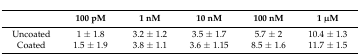
<table><thead><tr><td></td><td><b>100 pM</b></td><td><b>1 nM</b></td><td><b>10 nM</b></td><td><b>100 nM</b></td><td><b>1 μM</b></td></tr></thead><tbody><tr><td>Uncoated</td><td>1 ± 1.8</td><td>3.2 ± 1.2</td><td>3.5 ± 1.7</td><td>5.7 ± 2</td><td>10.4 ± 1.3</td></tr><tr><td>Coated</td><td>1.5 ± 1.9</td><td>3.8 ± 1.1</td><td>3.6 ± 1.15</td><td>8.5 ± 1.6</td><td>11.7 ± 1.5</td></tr></tbody></table>